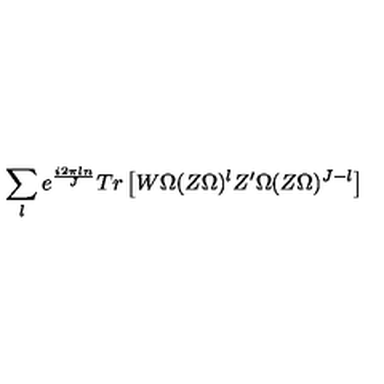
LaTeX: \sum _ { l } e ^ { \frac { i 2 \pi l n } { J } } T r \left[ W \Omega ( Z \Omega ) ^ { l } Z ^ { \prime } \Omega ( Z \Omega ) ^ { J - l } \right]